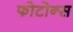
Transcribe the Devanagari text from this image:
फोटोन्स